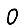
Digit: 0